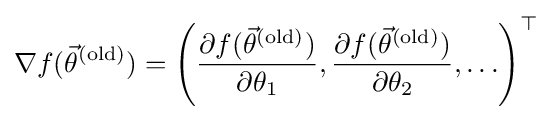
\nabla f({\vec {\theta }}^{({\text{old}})})=\left({\frac {\partial f({\vec {\theta }}^{({\text{old}})})}{\partial \theta _{1}}},{\frac {\partial f({\vec {\theta }}^{({\text{old}})})}{\partial \theta _{2}}},\ldots \right)^{\top }